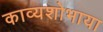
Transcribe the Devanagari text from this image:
काव्यशोभाया